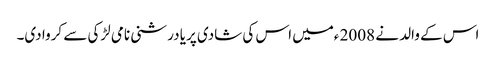
اس کے والد نے 2008 ءمیں اس کی شادی پریا درشنی نامی لڑکی سے کروا دی۔